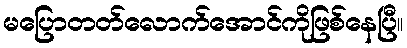
မပြောတတ်လောက်အောင်ကိုဖြစ်နေပြီ။